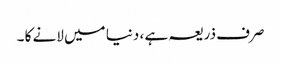
صرف ذریعہ ہے ، دنیا میں لانے کا ۔